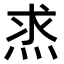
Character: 𤈿